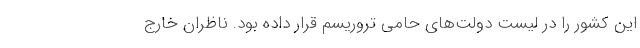
این کشور را در لیست دولت‌های حامی تروریسم قرار داده بود. ناظران خارج